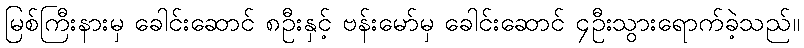
မြစ်ကြီးနားမှ ခေါင်းဆောင် ၈ဦးနှင့် ဗန်းမော်မှ ခေါင်းဆောင် ၄ဦးသွားရောက်ခဲ့သည်။